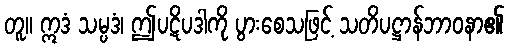
တူ။ ဣဒံ သမ္ပဒံ၊ ဤပဋိပဒါကို ပွားစေသဖြင့် သတိပဋ္ဌာန်ဘာဝနာ၏